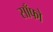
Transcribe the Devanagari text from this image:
साँफो